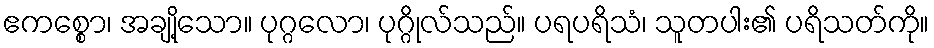
ဧကစ္စော၊ အချို့သော။ ပုဂ္ဂလော၊ ပုဂ္ဂိုလ်သည်။ ပရပရိသံ၊ သူတပါး၏ ပရိသတ်ကို။